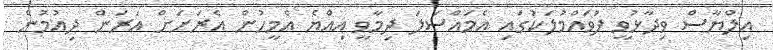
އިލްޔާސް ވިދާޅުވީ ފުވައްމުލަކުގައި އެމައްސަލަ ދިމާވީ އިއްޔެ އެމީހުން އެރަށަށް އަރަން ދިއުމުން